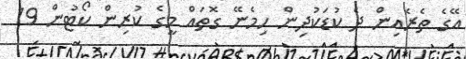
އޭގެ ތެރެއިން ދެ ކުޑަކުދިން ހިމެނޭ ގޮތައް މީގެ ކުރިން ކޯޓުން 19